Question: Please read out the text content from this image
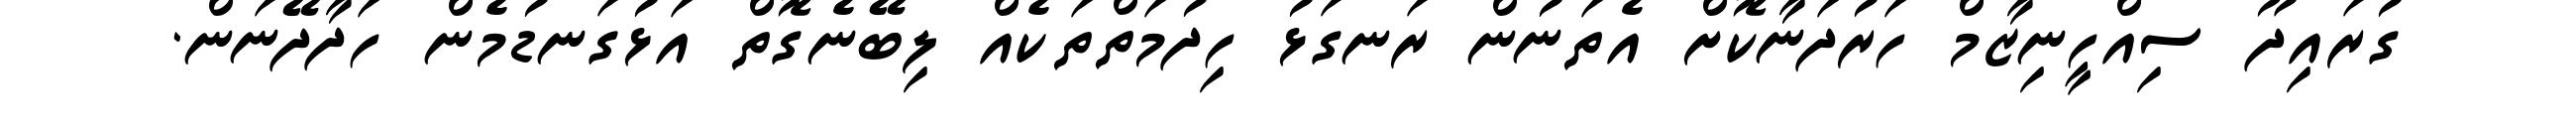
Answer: ގުރައިދޫ ސިއްހީނިޒާމް ހަރުދަނާކޮށް އެތަނުން ރަނގަޅު ހިދުމަތްތަކެއް ލިބޭނެގޮތް އަޅުގަނޑުމެން ހަދާދޭނަން.